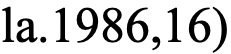
la.1986,16)